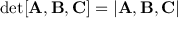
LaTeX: \mathrm { d e t } [ \mathbf { A } , \mathbf { B } , \mathbf { C } ] = | \mathbf { A } , \mathbf { B } , \mathbf { C } |